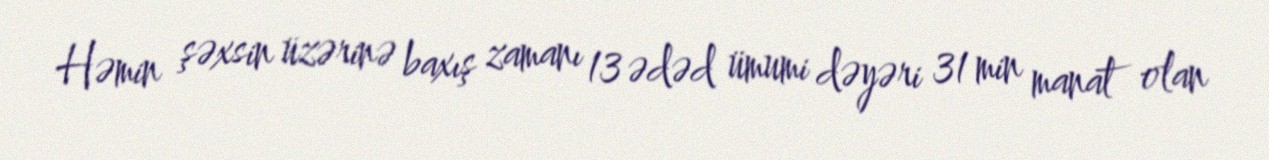
Həmin şəxsin üzərinə baxış zamanı 13 ədəd ümumi dəyəri 31 min manat olan